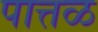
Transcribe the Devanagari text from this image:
पात्तळ